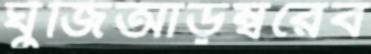
ঘুঁজিআড়ম্বরেব